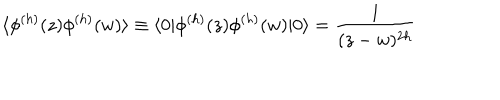
\langle \phi ^ { ( h ) } ( z ) \phi ^ { ( h ) } ( w ) \rangle \equiv \langle 0 | \phi ^ { ( h ) } ( z ) \phi ^ { ( h ) } ( w ) | 0 \rangle = \frac { 1 } { ( z - w ) ^ { 2 h } }